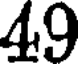
49